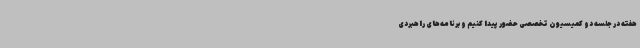
هفته در جلسه دو کمیسیون تخصصی حضور پیدا کنیم و برنامه‌های راهبردی